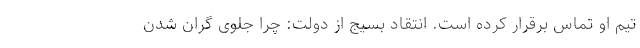
تیم او تماس برقرار کرده است. انتقاد بسیج از دولت: چرا جلوی گران شدن